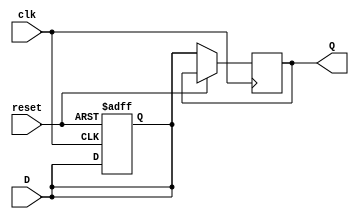
module register32(
    input clk,
    input reset,
    input [31:0] D,
    output [31:0] Q
    );

	always@(posedge clk, posedge reset) begin
		if (reset) begin
			D <= 0;
		end
		else begin
			Q <= D;
		end
	end


endmodule